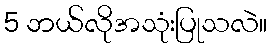
5 ဘယ်လိုအသုံးပြုသလဲ။